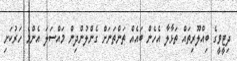
ދިޓީވީގެ ބިއްލޫރިތައް ތަޅާލާ އެހެން ބައެއް ތަންތަނަށް ގެންލުންދިން މައްސަލަ އެންމެ ހަރުކަށި